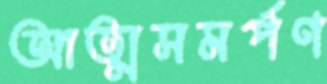
আত্মসমর্পণ